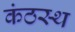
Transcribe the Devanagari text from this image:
कंठस्‍थ